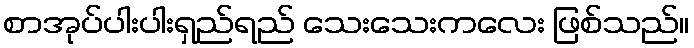
စာအုပ်ပါးပါးရှည်ရည် သေးသေးကလေး ဖြစ်သည်။